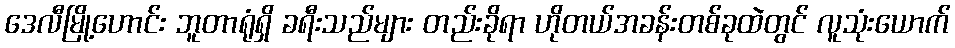
ဒေလီမြို့ဟောင်း ဘူတာရုံရှိ ခရီးသည်များ တည်းခိုရာ ဟိုတယ်အခန်းတစ်ခုထဲတွင် လူသုံးယောက်